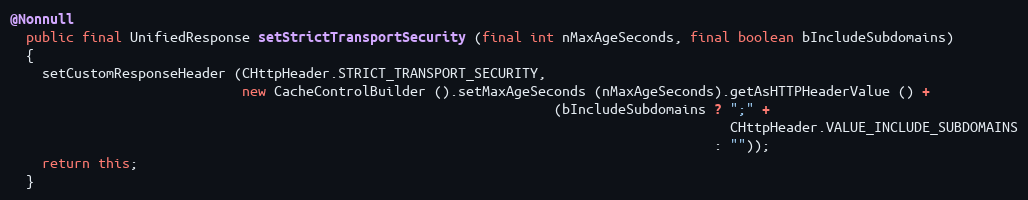
Language: Java
@Nonnull
  public final UnifiedResponse setStrictTransportSecurity (final int nMaxAgeSeconds, final boolean bIncludeSubdomains)
  {
    setCustomResponseHeader (CHttpHeader.STRICT_TRANSPORT_SECURITY,
                             new CacheControlBuilder ().setMaxAgeSeconds (nMaxAgeSeconds).getAsHTTPHeaderValue () +
                                                                    (bIncludeSubdomains ? ";" +
                                                                                          CHttpHeader.VALUE_INCLUDE_SUBDOMAINS
                                                                                        : ""));
    return this;
  }